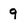
Character: 9